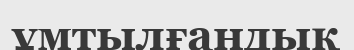
ұмтылғандық